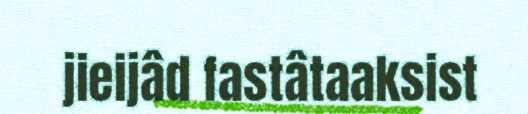
jieijâd fastâtaaksist